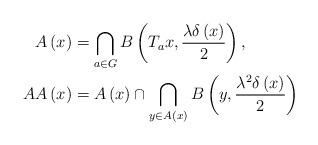
LaTeX: \begin{align*}A\left( x\right) & =\bigcap_{a\in G}B\left( T_{a}x,\frac{\lambda \delta\left( x\right) }{2}\right) , \\AA\left( x\right) & =A\left( x\right) \cap \bigcap_{y\in A\left( x\right)}B\left( y,\frac{\lambda ^{2}\delta \left( x\right) }{2}\right)\end{align*}